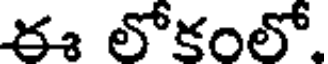
ఈ లోకంలో.